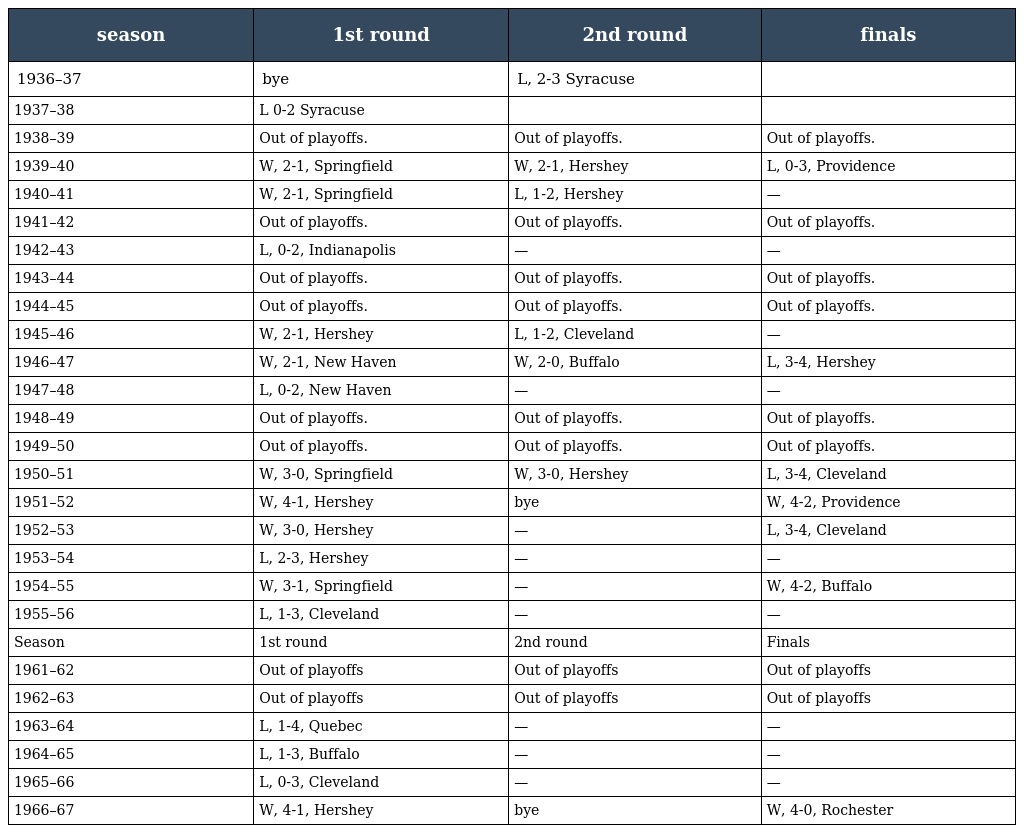
| season | 1st round | 2nd round | finals |
 | --- | --- | --- | --- |
 | 1936–37 | bye | L, 2-3 Syracuse |  |
 | 1937–38 | L 0-2 Syracuse |  |  |
 | 1938–39 | Out of playoffs. | Out of playoffs. | Out of playoffs. |
 | 1939–40 | W, 2-1, Springfield | W, 2-1, Hershey | L, 0-3, Providence |
 | 1940–41 | W, 2-1, Springfield | L, 1-2, Hershey | — |
 | 1941–42 | Out of playoffs. | Out of playoffs. | Out of playoffs. |
 | 1942–43 | L, 0-2, Indianapolis | — | — |
 | 1943–44 | Out of playoffs. | Out of playoffs. | Out of playoffs. |
 | 1944–45 | Out of playoffs. | Out of playoffs. | Out of playoffs. |
 | 1945–46 | W, 2-1, Hershey | L, 1-2, Cleveland | — |
 | 1946–47 | W, 2-1, New Haven | W, 2-0, Buffalo | L, 3-4, Hershey |
 | 1947–48 | L, 0-2, New Haven | — | — |
 | 1948–49 | Out of playoffs. | Out of playoffs. | Out of playoffs. |
 | 1949–50 | Out of playoffs. | Out of playoffs. | Out of playoffs. |
 | 1950–51 | W, 3-0, Springfield | W, 3-0, Hershey | L, 3-4, Cleveland |
 | 1951–52 | W, 4-1, Hershey | bye | W, 4-2, Providence |
 | 1952–53 | W, 3-0, Hershey | — | L, 3-4, Cleveland |
 | 1953–54 | L, 2-3, Hershey | — | — |
 | 1954–55 | W, 3-1, Springfield | — | W, 4-2, Buffalo |
 | 1955–56 | L, 1-3, Cleveland | — | — |
 | Season | 1st round | 2nd round | Finals |
 | 1961–62 | Out of playoffs | Out of playoffs | Out of playoffs |
 | 1962–63 | Out of playoffs | Out of playoffs | Out of playoffs |
 | 1963–64 | L, 1-4, Quebec | — | — |
 | 1964–65 | L, 1-3, Buffalo | — | — |
 | 1965–66 | L, 0-3, Cleveland | — | — |
 | 1966–67 | W, 4-1, Hershey | bye | W, 4-0, Rochester |